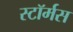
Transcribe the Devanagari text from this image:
स्टॉर्मस